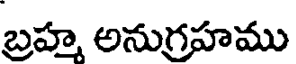
బ్రహ్మ అనుగ్రహము